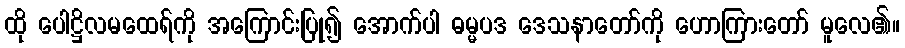
ထို ပေါဋ္ဌိလမထေရ်ကို အကြောင်းပြု၍ အောက်ပါ ဓမ္မပဒ ဒေသနာတော်ကို ဟောကြားတော် မူလေ၏။